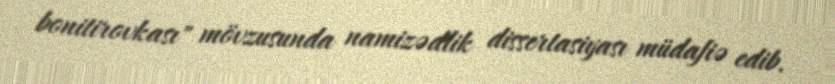
bonitirovkası" mövzusunda namizədlik dissertasiyası müdafiə edib.